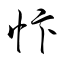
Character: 忭